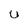
Character: U